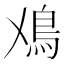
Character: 𩾘